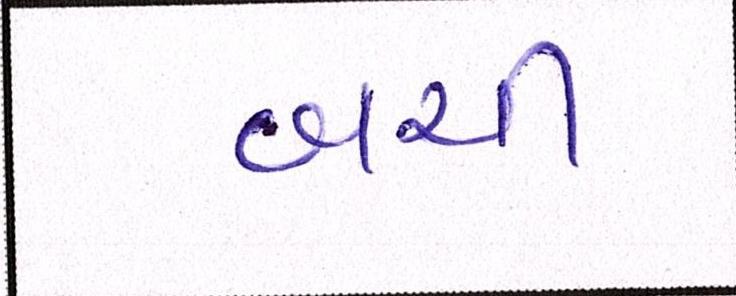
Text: બચી